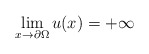
\begin{align*}\lim_{x\rightarrow\partial\Omega}u(x)=+\infty\end{align*}